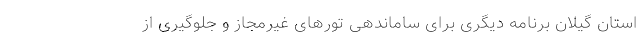
استان گیلان برنامه دیگری برای ساماندهی تورهای غیرمجاز و جلوگیری از